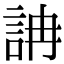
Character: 𧦦